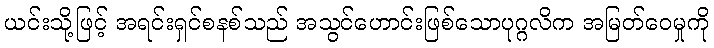
ယင်းသို့ဖြင့် အရင်းရှင်စနစ်သည် အသွင်ဟောင်းဖြစ်သောပုဂ္ဂလိက အမြတ်ဝေမှုကို